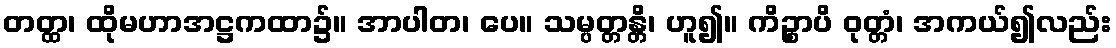
တတ္ထ၊ ထိုမဟာအဋ္ဌကထာ၌။ အာပါတ၊ ပေ။ သမ္ပတ္တန္တိ၊ ဟူ၍။ ကိဉ္စာပိ ဝုတ္တံ၊ အကယ်၍လည်း